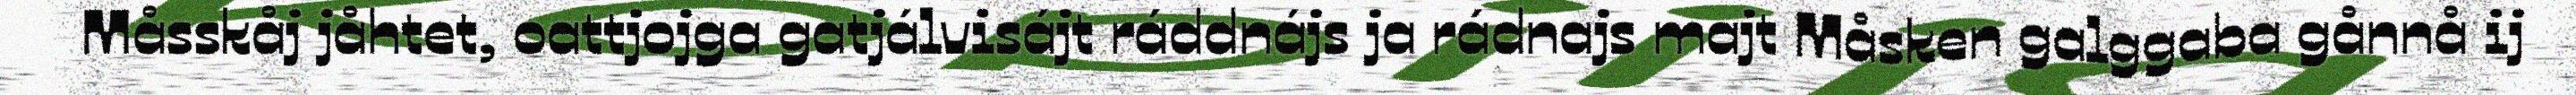
Måsskåj jåhtet, oattjojga gatjálvisájt ráddnájs ja rádnajs majt Måsken galggaba gånnå ij